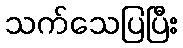
သက်သေပြပြီး